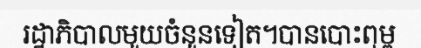
រដ្ឋាភិបាលមួយចំនួនទៀត។បានបោះពុម្ព